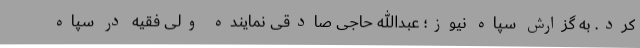
کرد. به گزارش سپاه نیوز؛ عبدالله حاجی صادقی نماینده ولی فقیه در سپاه